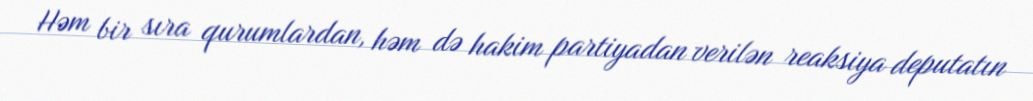
Həm bir sıra qurumlardan, həm də hakim partiyadan verilən reaksiya deputatın